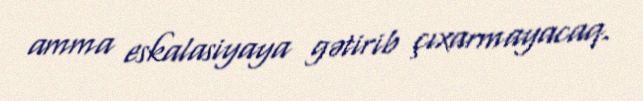
amma eskalasiyaya gətirib çıxarmayacaq.